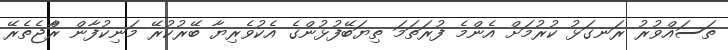
ތަސައްވުރު ރަނގަޅު ކުރުމަށް އެންމެ ފުރަތަމަ ތިޔަބޭފުޅުންގެ އެކުވެރިޔާ ބޭރުކުރޭ މަނިކުފާން ރާްޖެތެރޭ